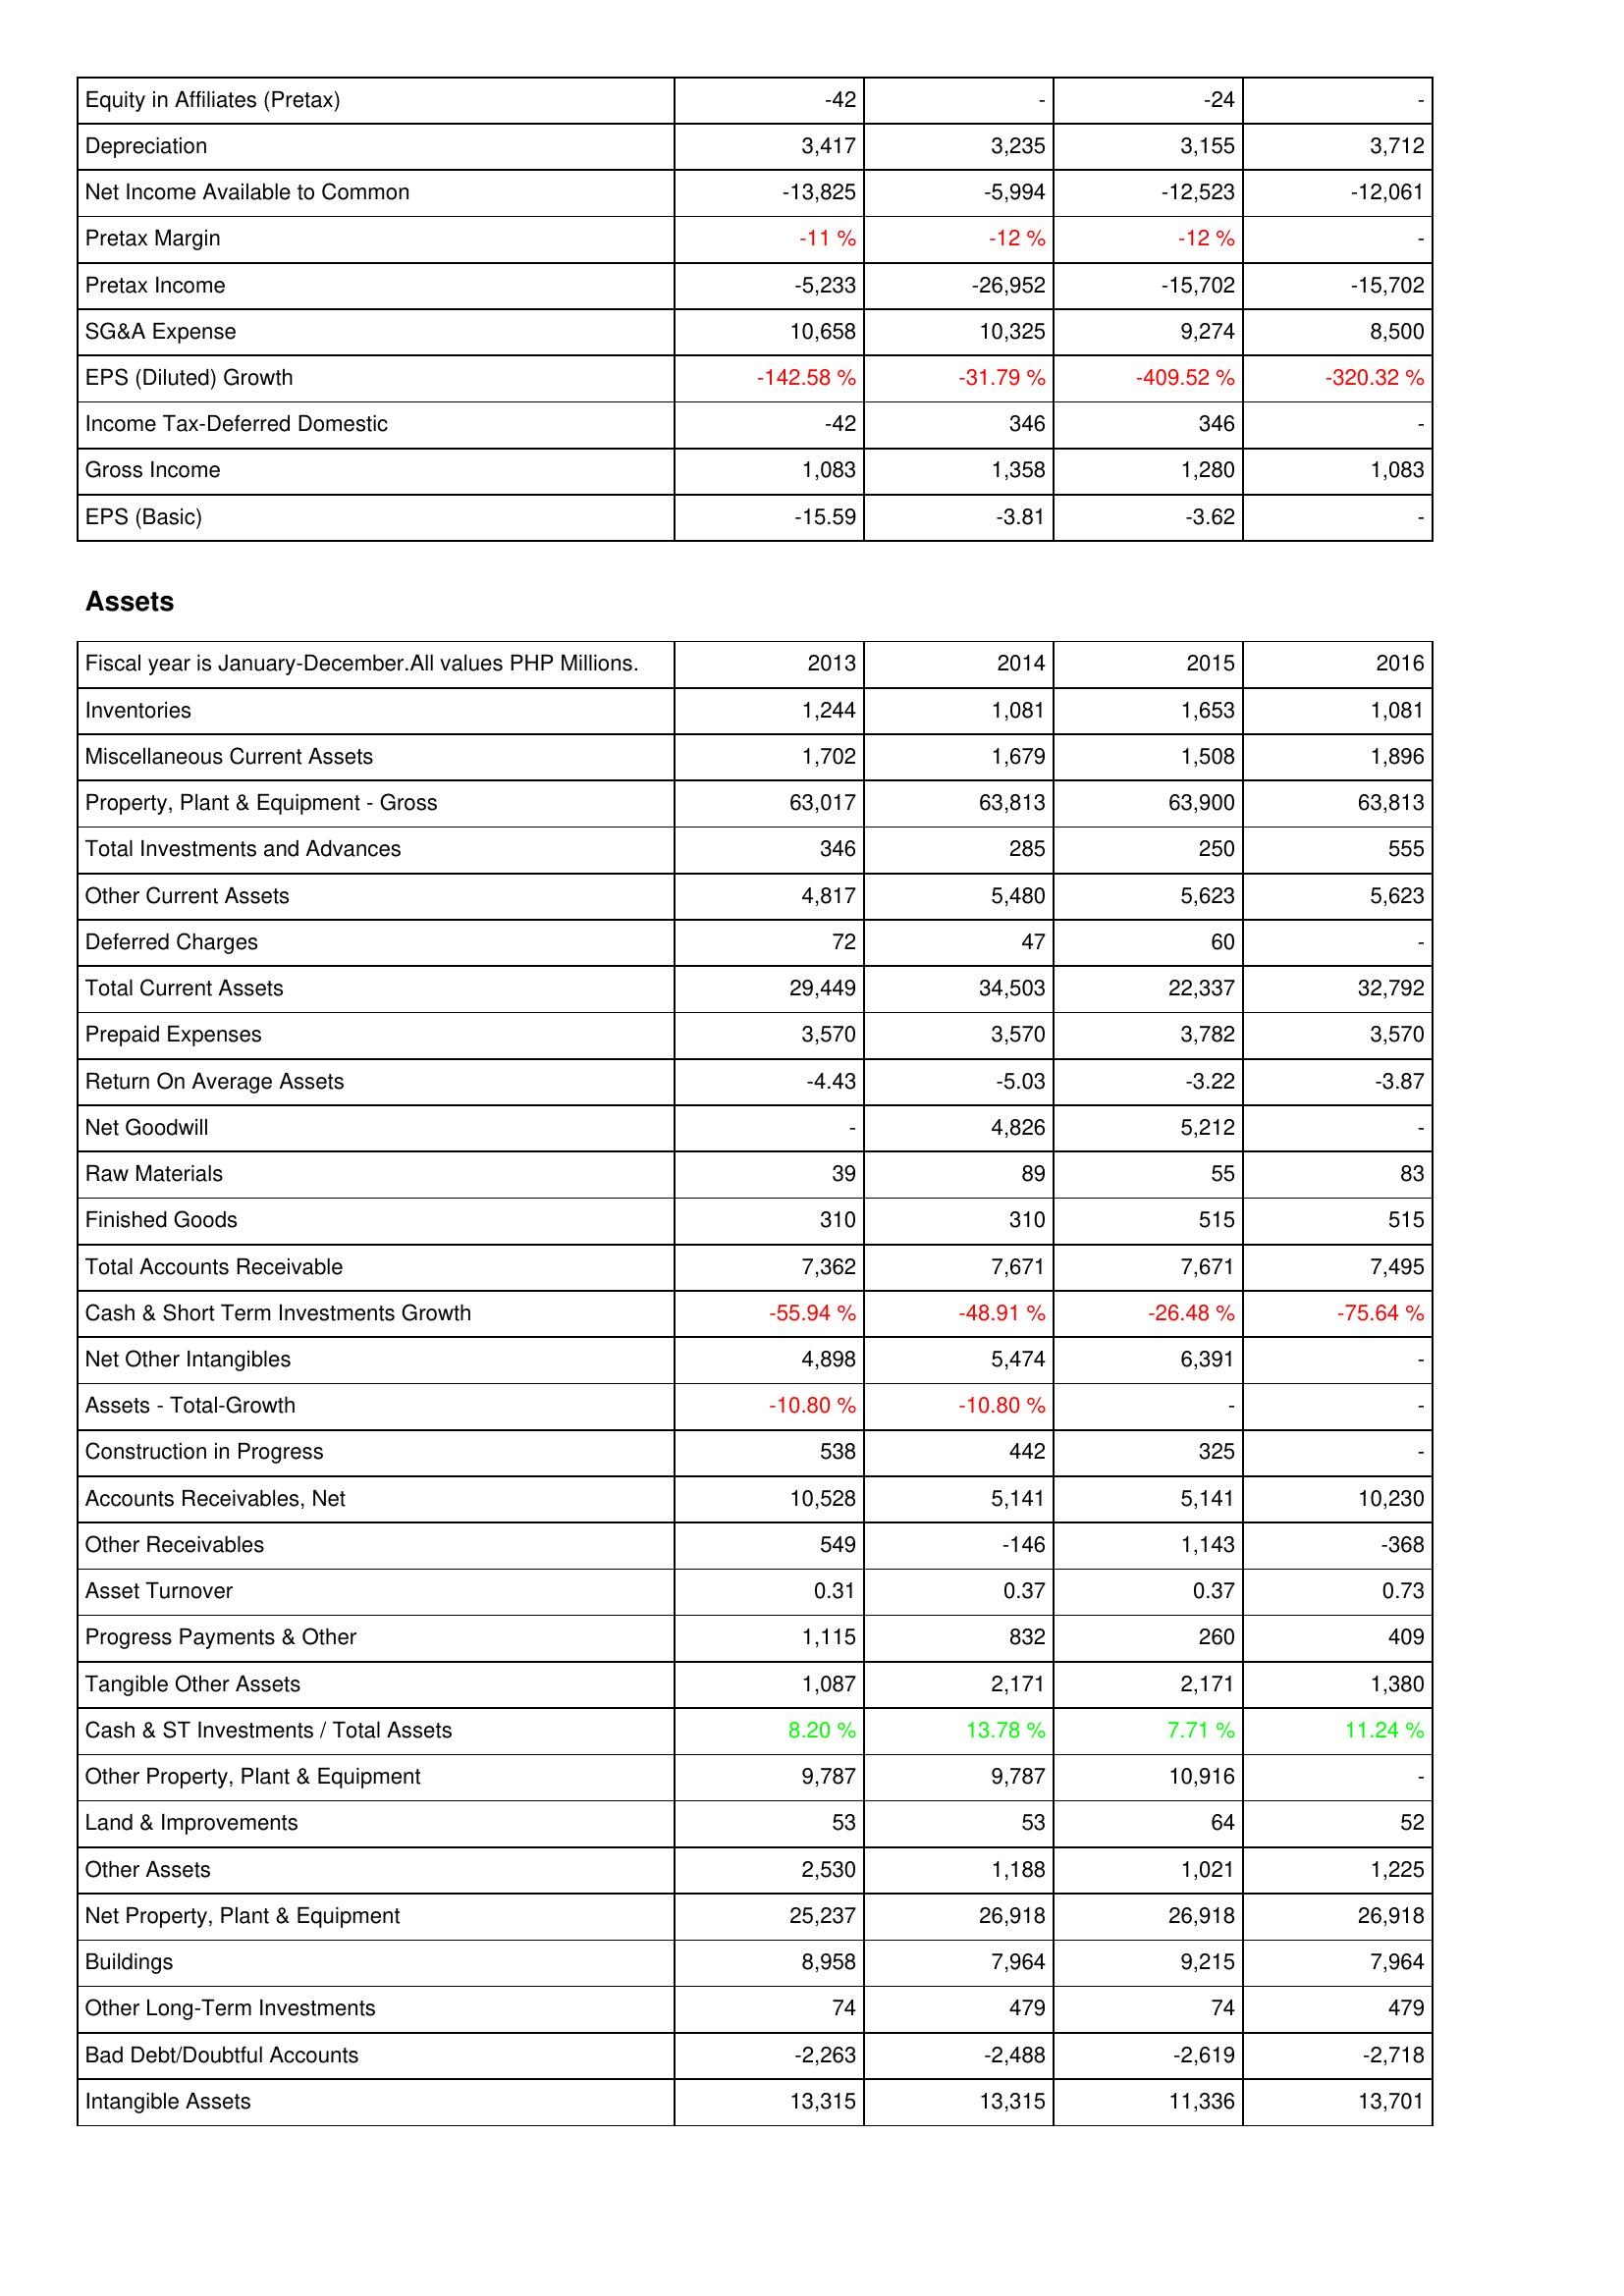
2013: Income Statement: Equity in Affiliates (Pretax): -42
Depreciation: 3,417
Net Income Available to Common: -13,825
Pretax Margin: -11 %
Pretax Income: -5,233
SG&A Expense: 10,658
EPS (Diluted) Growth: -142.58 %
Income Tax-Deferred Domestic: -42
Gross Income: 1,083
EPS (Basic): -15.59
Assets: Inventories: 1,244
Miscellaneous Current Assets: 1,702
Property, Plant & Equipment - Gross: 63,017
Total Investments and Advances: 346
Other Current Assets: 4,817
Deferred Charges: 72
Total Current Assets: 29,449
Prepaid Expenses: 3,570
Return On Average Assets: -4.43
Net Goodwill: -
Raw Materials: 39
Finished Goods: 310
Total Accounts Receivable: 7,362
Cash & Short Term Investments Growth: -55.94 %
Net Other Intangibles: 4,898
Assets - Total-Growth: -10.80 %
Construction in Progress: 538
Accounts Receivables, Net: 10,528
Other Receivables: 549
Asset Turnover: 0.31
Progress Payments & Other: 1,115
Tangible Other Assets: 1,087
Cash & ST Investments / Total Assets: 8.20 %
Other Property, Plant & Equipment: 9,787
Land & Improvements: 53
Other Assets: 2,530
Net Property, Plant & Equipment: 25,237
Buildings: 8,958
Other Long-Term Investments: 74
Bad Debt/Doubtful Accounts: -2,263
Intangible Assets: 13,315
2014: Income Statement: Equity in Affiliates (Pretax): -
Depreciation: 3,235
Net Income Available to Common: -5,994
Pretax Margin: -12 %
Pretax Income: -26,952
SG&A Expense: 10,325
EPS (Diluted) Growth: -31.79 %
Income Tax-Deferred Domestic: 346
Gross Income: 1,358
EPS (Basic): -3.81
Assets: Inventories: 1,081
Miscellaneous Current Assets: 1,679
Property, Plant & Equipment - Gross: 63,813
Total Investments and Advances: 285
Other Current Assets: 5,480
Deferred Charges: 47
Total Current Assets: 34,503
Prepaid Expenses: 3,570
Return On Average Assets: -5.03
Net Goodwill: 4,826
Raw Materials: 89
Finished Goods: 310
Total Accounts Receivable: 7,671
Cash & Short Term Investments Growth: -48.91 %
Net Other Intangibles: 5,474
Assets - Total-Growth: -10.80 %
Construction in Progress: 442
Accounts Receivables, Net: 5,141
Other Receivables: -146
Asset Turnover: 0.37
Progress Payments & Other: 832
Tangible Other Assets: 2,171
Cash & ST Investments / Total Assets: 13.78 %
Other Property, Plant & Equipment: 9,787
Land & Improvements: 53
Other Assets: 1,188
Net Property, Plant & Equipment: 26,918
Buildings: 7,964
Other Long-Term Investments: 479
Bad Debt/Doubtful Accounts: -2,488
Intangible Assets: 13,315
2015: Income Statement: Equity in Affiliates (Pretax): -24
Depreciation: 3,155
Net Income Available to Common: -12,523
Pretax Margin: -12 %
Pretax Income: -15,702
SG&A Expense: 9,274
EPS (Diluted) Growth: -409.52 %
Income Tax-Deferred Domestic: 346
Gross Income: 1,280
EPS (Basic): -3.62
Assets: Inventories: 1,653
Miscellaneous Current Assets: 1,508
Property, Plant & Equipment - Gross: 63,900
Total Investments and Advances: 250
Other Current Assets: 5,623
Deferred Charges: 60
Total Current Assets: 22,337
Prepaid Expenses: 3,782
Return On Average Assets: -3.22
Net Goodwill: 5,212
Raw Materials: 55
Finished Goods: 515
Total Accounts Receivable: 7,671
Cash & Short Term Investments Growth: -26.48 %
Net Other Intangibles: 6,391
Assets - Total-Growth: -
Construction in Progress: 325
Accounts Receivables, Net: 5,141
Other Receivables: 1,143
Asset Turnover: 0.37
Progress Payments & Other: 260
Tangible Other Assets: 2,171
Cash & ST Investments / Total Assets: 7.71 %
Other Property, Plant & Equipment: 10,916
Land & Improvements: 64
Other Assets: 1,021
Net Property, Plant & Equipment: 26,918
Buildings: 9,215
Other Long-Term Investments: 74
Bad Debt/Doubtful Accounts: -2,619
Intangible Assets: 11,336
2016: Income Statement: Equity in Affiliates (Pretax): -
Depreciation: 3,712
Net Income Available to Common: -12,061
Pretax Margin: -
Pretax Income: -15,702
SG&A Expense: 8,500
EPS (Diluted) Growth: -320.32 %
Income Tax-Deferred Domestic: -
Gross Income: 1,083
EPS (Basic): -
Assets: Inventories: 1,081
Miscellaneous Current Assets: 1,896
Property, Plant & Equipment - Gross: 63,813
Total Investments and Advances: 555
Other Current Assets: 5,623
Deferred Charges: -
Total Current Assets: 32,792
Prepaid Expenses: 3,570
Return On Average Assets: -3.87
Net Goodwill: -
Raw Materials: 83
Finished Goods: 515
Total Accounts Receivable: 7,495
Cash & Short Term Investments Growth: -75.64 %
Net Other Intangibles: -
Assets - Total-Growth: -
Construction in Progress: -
Accounts Receivables, Net: 10,230
Other Receivables: -368
Asset Turnover: 0.73
Progress Payments & Other: 409
Tangible Other Assets: 1,380
Cash & ST Investments / Total Assets: 11.24 %
Other Property, Plant & Equipment: -
Land & Improvements: 52
Other Assets: 1,225
Net Property, Plant & Equipment: 26,918
Buildings: 7,964
Other Long-Term Investments: 479
Bad Debt/Doubtful Accounts: -2,718
Intangible Assets: 13,701